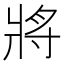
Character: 將